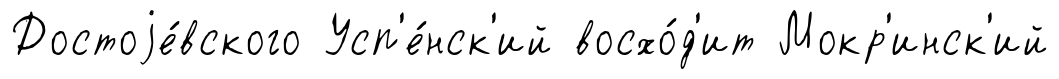
Достоjе́вского Усп'е́нск'ий восхо́д'ит Мокр'инск'ий